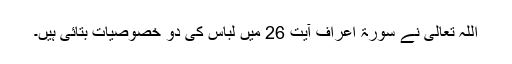
اللہ تعالیٰ نے سورۃ اعراف آیت 26 میں لباس کی دو خصوصیات بتائی ہیں۔